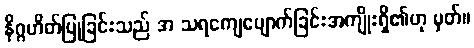
နိဂ္ဂဟိတ်ပြုခြင်းသည် အ သရကျေပျောက်ခြင်းအကျိုးရှိ၏ဟု မှတ်။